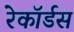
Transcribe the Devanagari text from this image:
रेकॉर्डस